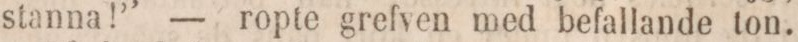
stanna!” — ropte grefven med befallande ton.